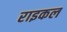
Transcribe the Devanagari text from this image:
राइकल